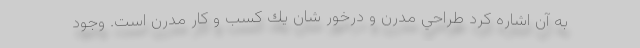
به آن اشاره کرد طراحي مدرن و درخور شان يك كسب و كار مدرن است. وجود